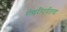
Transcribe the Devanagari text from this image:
रायरीपर्यंतचा